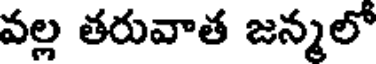
వల్ల తరువాత జన్మలో